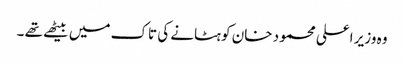
وہ وزیر اعلی محمود خان کو ہٹانے کی تاک میں بیٹھے تھے ۔